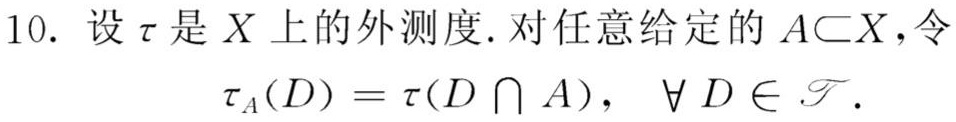
10. 设$\tau$是$X$上的外测度. 对任意给定的$A\subset X$, 令
\[
\tau_A(D)=\tau(D\cap A),\quad \forall D\in\mathscr{T}.
\]